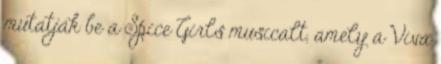
mutatják be a Spice Girls musicalt, amely a Viva